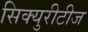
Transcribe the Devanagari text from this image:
सिक्युरीटीज